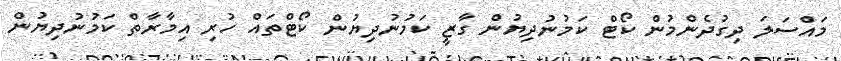
މައްސަލަ ދިގުދެންމުން ކޯޓް ކަމުނުދިޔުން ގާޒީ ކަމުނުދިޔުން ކޯޓްތައް ހުރި އިމާރާތް ކަމުނުދިޔުން